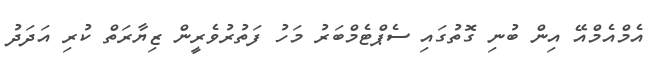
އެމްއެމްއޭ އިން ބުނި ގޮތުގައި ސެޕްޓެމްބަރު މަހު ފަތުރުވެރީން ޒިޔާރަތް ކުރި އަދަދު